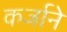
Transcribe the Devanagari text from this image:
कर्जाने